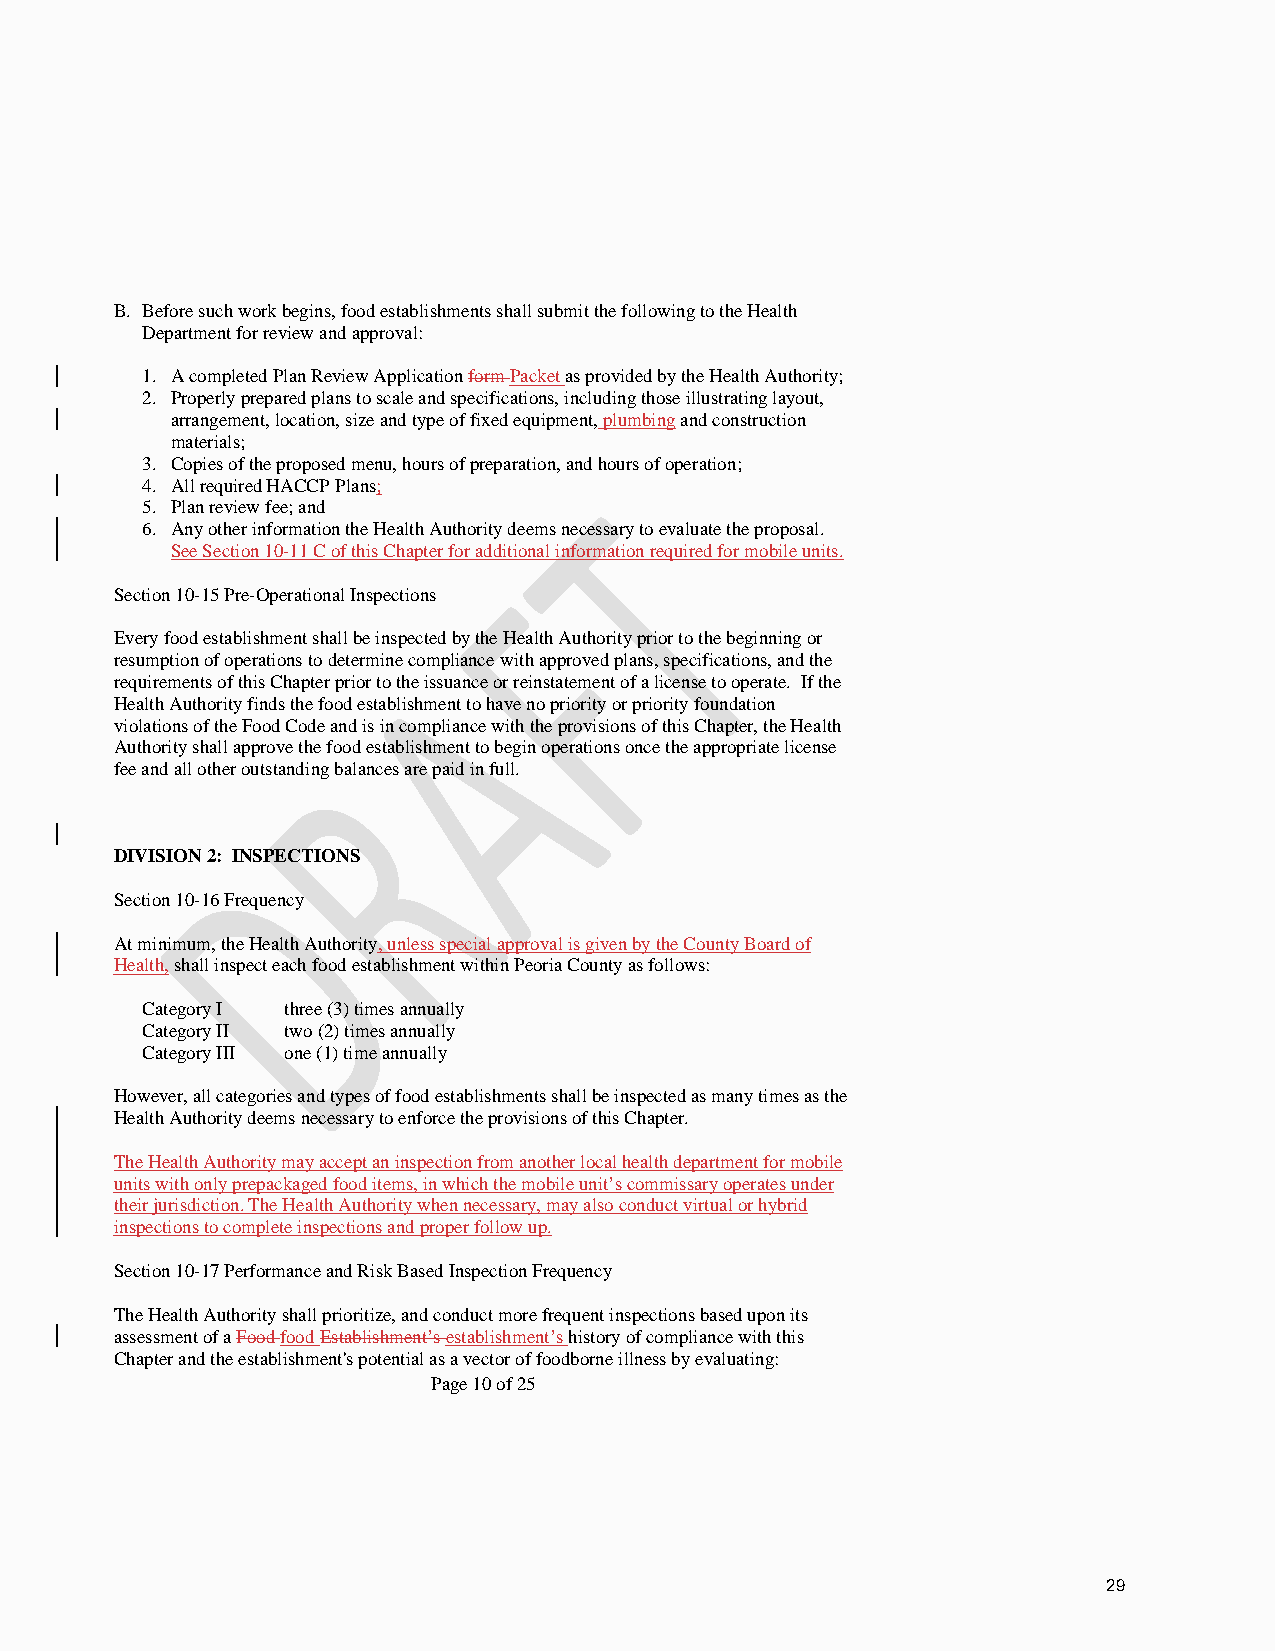
B. Before such work begins, food establishments shall submit the following to the Health
 Department for review and approval:
 1. A completed Plan Review Application form Packet as provided by the Health Authority;
 2. Properly prepared plans to scale and specifications, including those illustrating layout,
 arrangement, location, size and type of fixed equipment, plumbing and construction
 materials;
 3. Copies of the proposed menu, hours of preparation, and hours of operation;
 4. All required HACCP Plans;
 5. Plan review fee; and
 6. Any other information the Health Authority deems necessary to evaluate the proposal.
 See Section 10-11 C of this Chapter for additional information required for mobile units.
 Section 10-15 Pre-Operational Inspections
 Every food establishment shall be inspected by the Health Authority prior to the beginning or
 resumption of operations to determine compliance with approved plans, specifications, and the
 requirements of this Chapter prior to the issuance or reinstatement of a license to operate. If the
 Health Authority finds the food establishment to have no priority or priority foundation
 violations of the Food Code and is in compliance with the provisions of this Chapter, the Health
 Authority shall approve the food establishment to begin operations once the appropriate license
 fee and all other outstanding balances are paid in full.
 DIVISION 2: INSPECTIONS
 Section 10-16 Frequency
 At minimum, the Health Authority, unless special approval is given by the County Board of
 Health, shall inspect each food establishment within Peoria County as follows:
 Category I three (3) times annually
 Category II two (2) times annually
 Category III one (1) time annually
 However, all categories and types of food establishments shall be inspected as many times as the
 Health Authority deems necessary to enforce the provisions of this Chapter.
 The Health Authority may accept an inspection from another local health department for mobile
 units with only prepackaged food items, in which the mobile unit’s commissary operates under
 their jurisdiction. The Health Authority when necessary, may also conduct virtual or hybrid
 inspections to complete inspections and proper follow up.
 Section 10-17 Performance and Risk Based Inspection Frequency
 The Health Authority shall prioritize, and conduct more frequent inspections based upon its
 assessment of a Food food Establishment’s establishment’s history of compliance with this
 Chapter and the establishment's potential as a vector of foodborne illness by evaluating:
 Page 10 of 25
 29